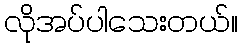
လိုအပ်ပါသေးတယ်။